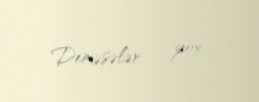
Deməsələr - yox.